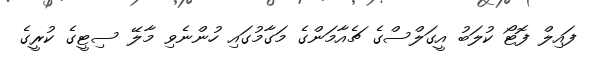
ފައިލް ފޮޓޯ ކުލަބު އީގަލްސްގެ ޗެއާމަންގެ މަގާމުގައި ހުންނެވި މާލޭ ސިޓީގެ ކުރީގެ